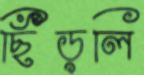
ছিঁড়লি